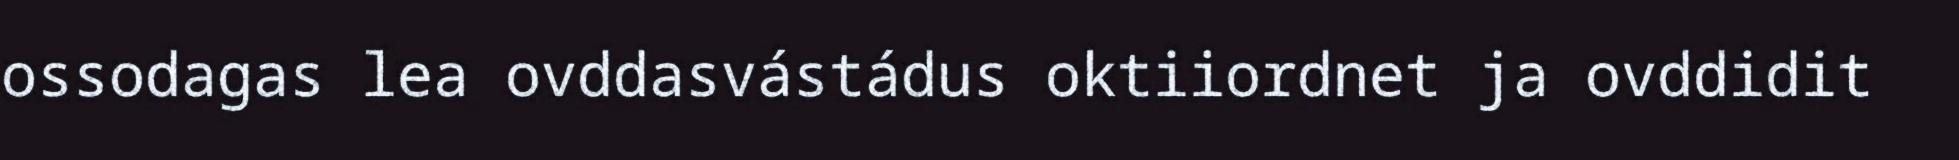
ossodagas lea ovddasvástádus oktiiordnet ja ovddidit